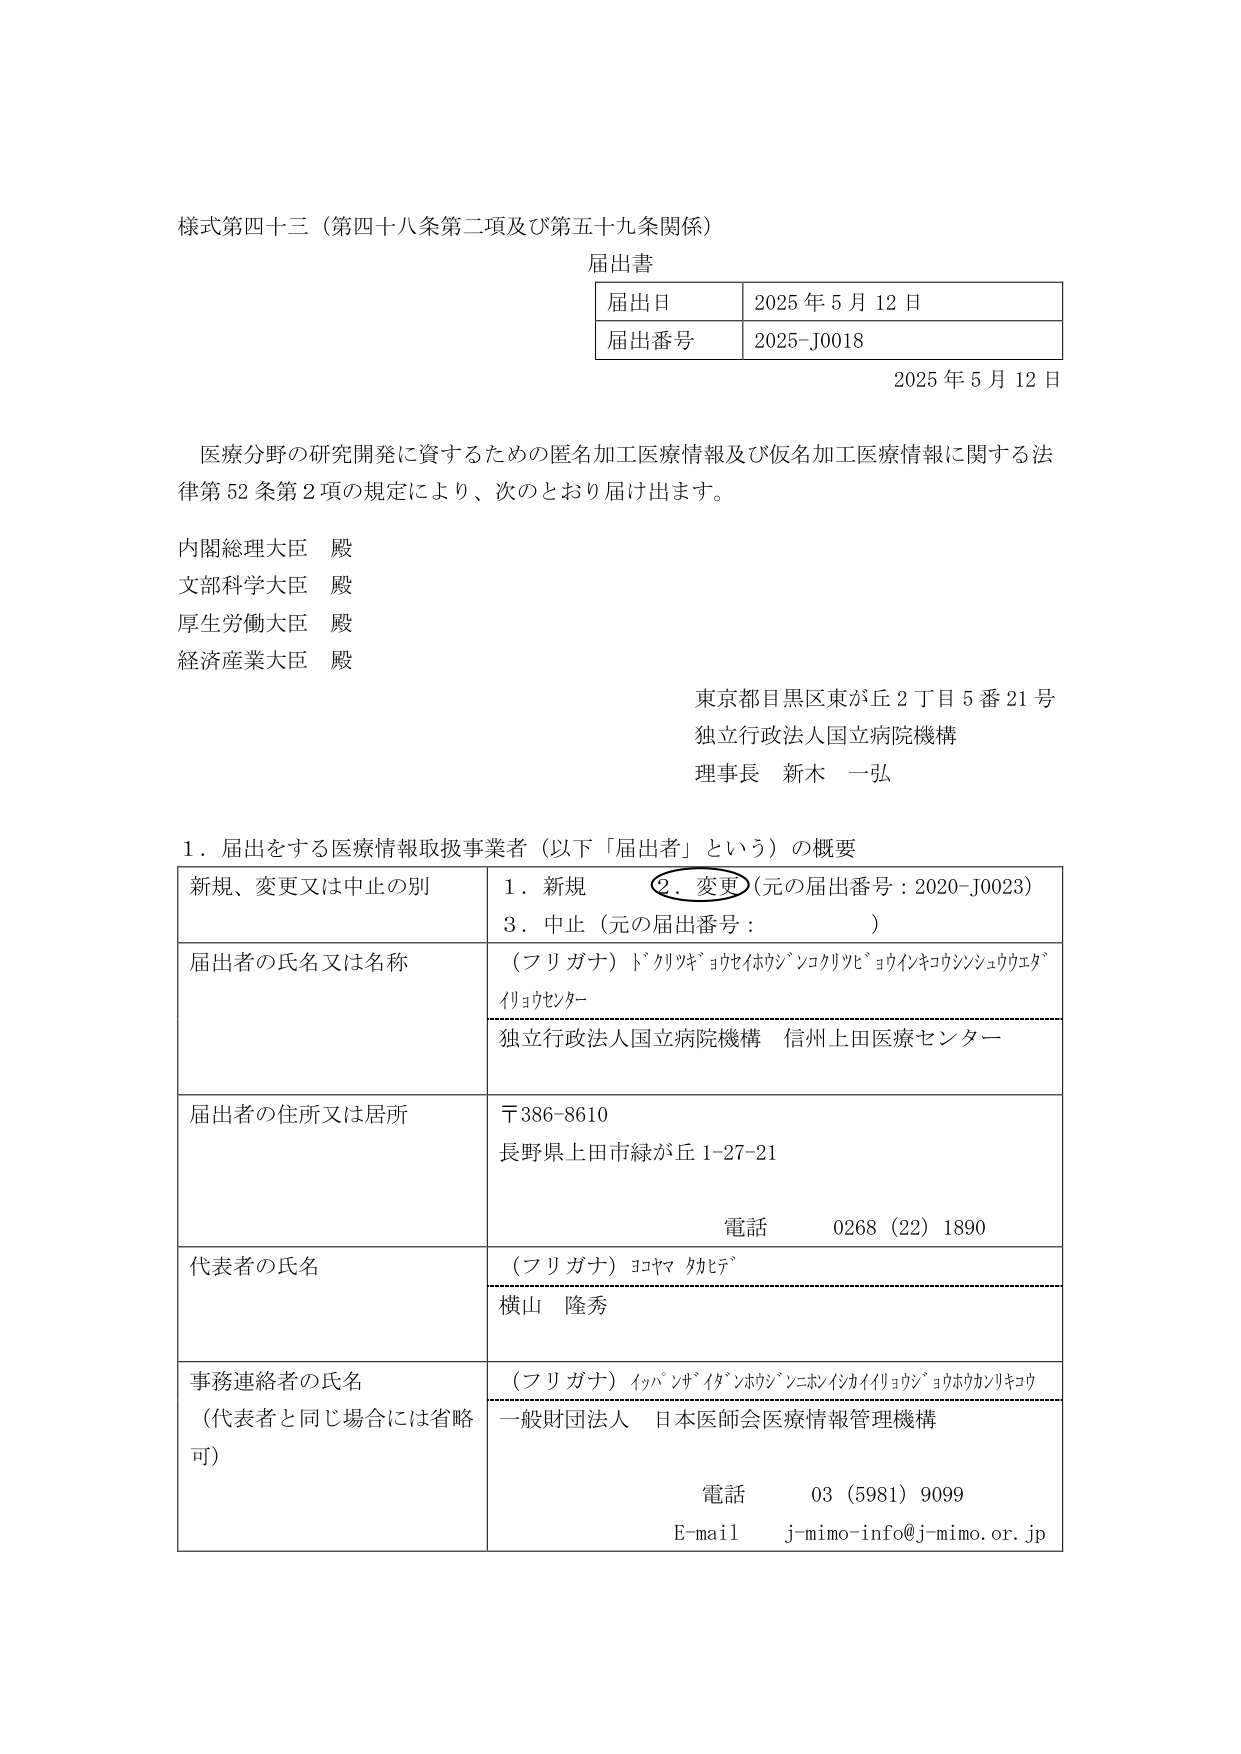
様式第四十三（第四十八条第二項及び第五十九条関係）

届出書

| 届出日 | 2025年5月12日 |
| 届出番号 | 2025-J0018 |

2025年5月12日

医療分野の研究開発に資するための匿名加工医療情報及び仮名加工医療情報に関する法律第52条第2項の規定により、次のとおり届け出ます。

内閣総理大臣 殿
文部科学大臣 殿
厚生労働大臣 殿
経済産業大臣 殿

東京都目黒区東が丘2丁目5番21号
独立行政法人国立病院機構
理事長 新木 一弘

1．届出をする医療情報取扱事業者（以下「届出者」という）の概要

| 新規、変更又は中止の別 | 1．新規　　○2．変更（元の届出番号：2020-J0023）　　3．中止（元の届出番号：　　　　　） |
| 届出者の氏名又は名称 | （フリガナ）ドクリョキョウセイホウジンコクリツビョウインキコウシンシュウウセダイショウセンター<br>独立行政法人国立病院機構 信州上田医療センター |
| 届出者の住所又は居所 | 〒386-8610<br>長野県上田市緑が丘1-27-21<br>電話　　0268（22）1890 |
| 代表者の氏名 | （フリガナ）ヨコヤマ タカヒデ<br>横山 隆秀 |
| 事務連絡者の氏名<br>（代表者と同じ場合には省略可） | （フリガナ）イッパンザイダンホウジンニホンイシキカイイリョウジョウホウカンリキコウ<br>一般財団法人 日本医師会医療情報管理機構<br>電話　　03（5981）9099<br>E-mail　j-mimo-info@j-mimo.or.jp |